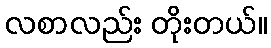
လစာလည်း တိုးတယ်။